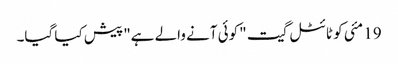
19 مئی کو ٹائٹل گیت "کوئی آنے والے ہے" پیش کیا گیا۔